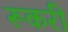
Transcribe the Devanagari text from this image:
रूकरी